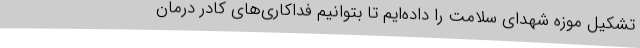
تشکیل موزه شهدای سلامت را داده‌ایم تا بتوانیم فداکاری‌های کادر درمان